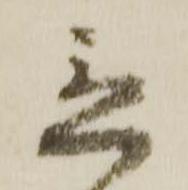
立